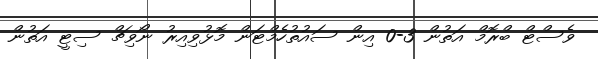
ވެސްޓް ބްރޮމް އަތުން 3-0 އިން ސައުތުހެމްޓަން މޮޅުވިއިރު ނޯވިޗް ސިޓީ އަތުން